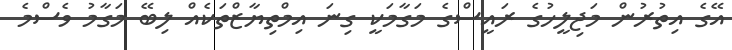
އޭގެ އިތުރުން މަޖިލީހުގެ ރައީސްގެ މަގާމަކީ ގިނަ އިމްތިޔާޒްތަކެއް ލިބޭ މަގާމު ވެސްމެ